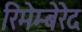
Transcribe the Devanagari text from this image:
रिमेम्बेरेद